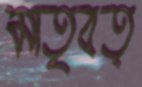
মাতৃবত্